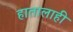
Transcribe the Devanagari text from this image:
हातालाही